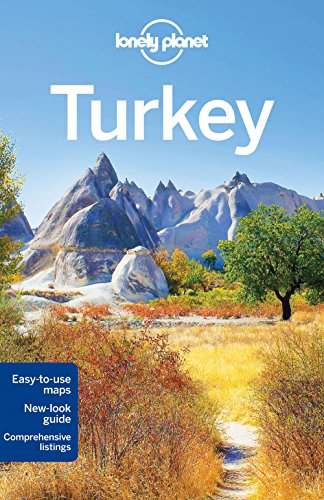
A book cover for Lonely Planet Turkey (Travel Guide); Lonely Planet; Travel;